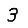
Digit: 3